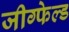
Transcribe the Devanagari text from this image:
जीग्फेल्ड